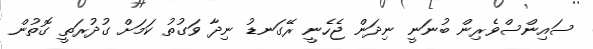
ސައިންސްވެރިން ބުނަނީ ނިދަން ޖެހެނީ ރޭގަނޑު ނިދާ ވަގުތު ކަމަށް ގުދުރަތީ ގޮތުން